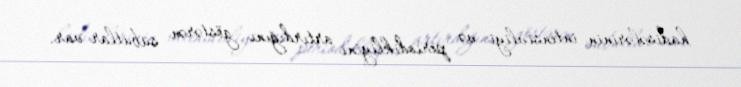
hadisələrinin intensivliyi və periodikliyini artırdığını göstərən sübutlar var.